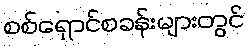
စစ်ရှောင်စခန်းများတွင်